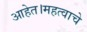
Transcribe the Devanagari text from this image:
आहेत।महत्वाचे